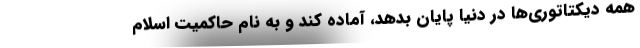
همه دیکتاتوری‌ها در دنیا پایان بدهد، آماده کند و به نام حاکمیت اسلام